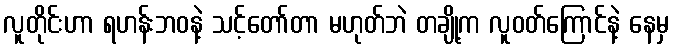
လူတိုင်းဟာ ရဟန်းဘဝနဲ့ သင့်တော်တာ မဟုတ်ဘဲ တချို့က လူဝတ်ကြောင်နဲ့ နေမှ